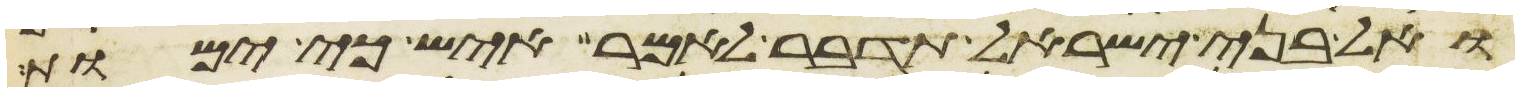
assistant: ואל בני ישראל תדבר לאמר איש כי ימות